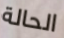
الحالة